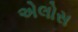
એલોસ